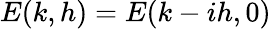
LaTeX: E(k,h)=E(k-ih,0)